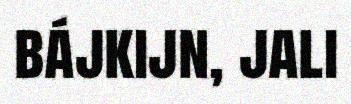
bájkijn, jali